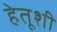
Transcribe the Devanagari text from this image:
हेतूशी